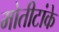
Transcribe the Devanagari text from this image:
मोतीटांके